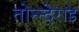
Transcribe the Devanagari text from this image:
तोन्न्देराइ